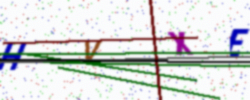
Text: HVXE